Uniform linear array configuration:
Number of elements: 8
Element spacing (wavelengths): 0.5
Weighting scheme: hann
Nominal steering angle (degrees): -15
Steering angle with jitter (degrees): -16.297
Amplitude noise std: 0.05
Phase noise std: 0.05

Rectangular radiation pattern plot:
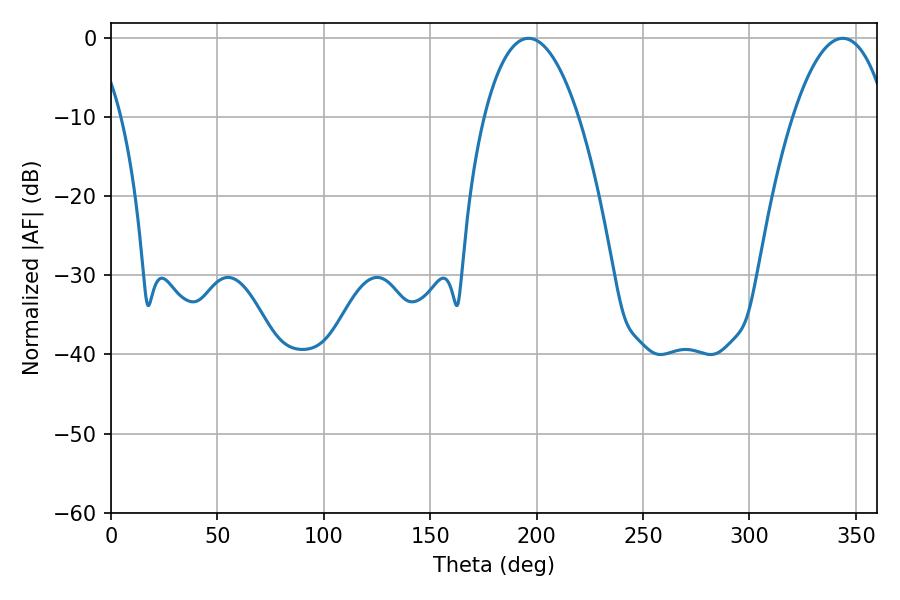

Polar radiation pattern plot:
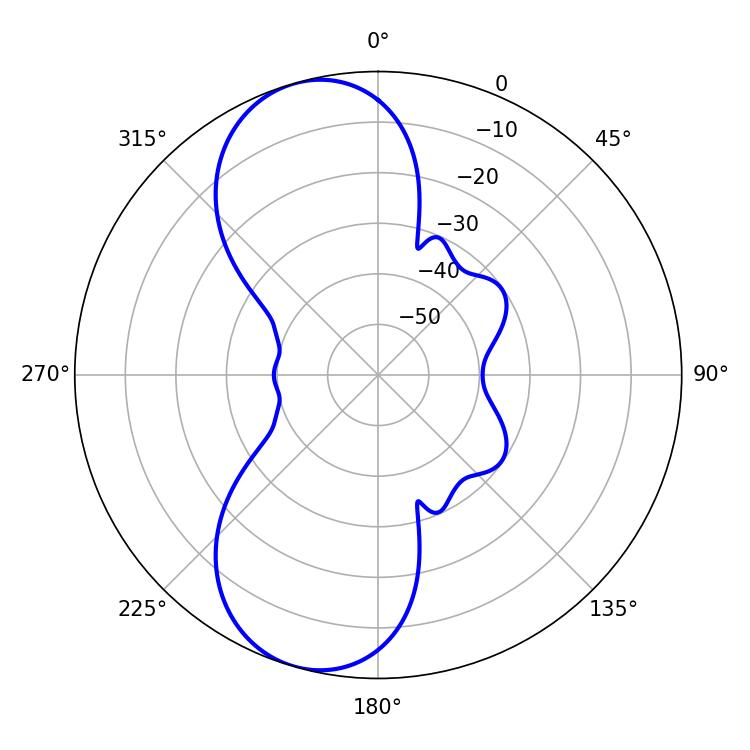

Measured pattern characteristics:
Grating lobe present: FALSE
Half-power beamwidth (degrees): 24.66
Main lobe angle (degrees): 343.8